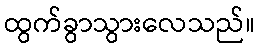
ထွက်ခွာသွားလေသည်။